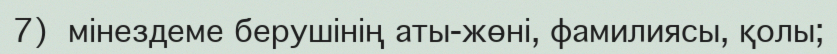
7)  мінездеме берушінің аты-жөні, фамилиясы, қолы;